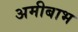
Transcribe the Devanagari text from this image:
अमीबाभ